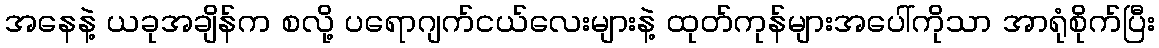
အနေနဲ့ ယခုအချိန်က စလို့ ပရောဂျက်ငယ်လေးများနဲ့ ထုတ်ကုန်များအပေါ်ကိုသာ အာရုံစိုက်ပြီး